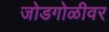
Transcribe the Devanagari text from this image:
जोडगोळीवर